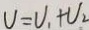
V = V _ { 1 } + V _ { 2 }